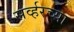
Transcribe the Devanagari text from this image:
सर्व्हरच्या